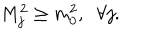
M _ { j } ^ { 2 } \geq m _ { 0 } ^ { 2 } , \; \; \forall j .